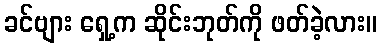
ခင်ဗျား ရှေ့က ဆိုင်းဘုတ်ကို ဖတ်ခဲ့လား။